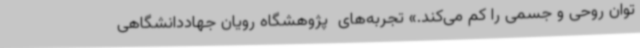
توان روحی و جسمی را کم می‌کند.» تجربه‌های  پژوهشگاه رویان جهاددانشگاهی